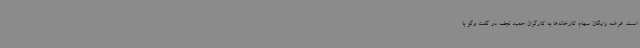
است. عرضه رایگان سهام کارخانه‌ها به کارگران حمید نجف در گفت وگو با